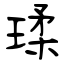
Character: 瑈